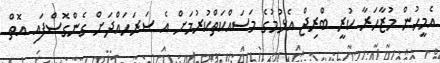
އެމީހުން މުޒާހަރާ ކުރީ ބްރިޖް އެޅުމުގެ މަސައްކަތްކުރުމަށް އެ ސަރަހައްދަށް ގެންގޮސްފައި އޮތް